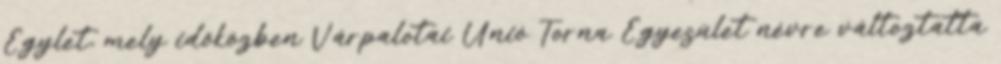
Egylet, mely időközben Várpalotai Unió Torna Egyesület névre változtatta